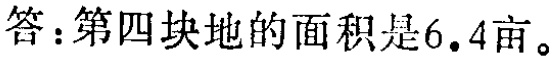
答：第四块地的面积是6.4亩。